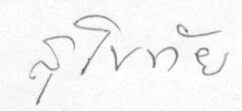
สุโขทัย